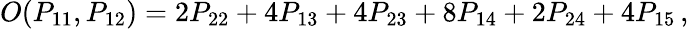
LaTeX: O(P_{11},P_{12})=2P_{22}+4P_{13}+4P_{23}+8P_{14}+2P_{24}+4P_{15}\, ,